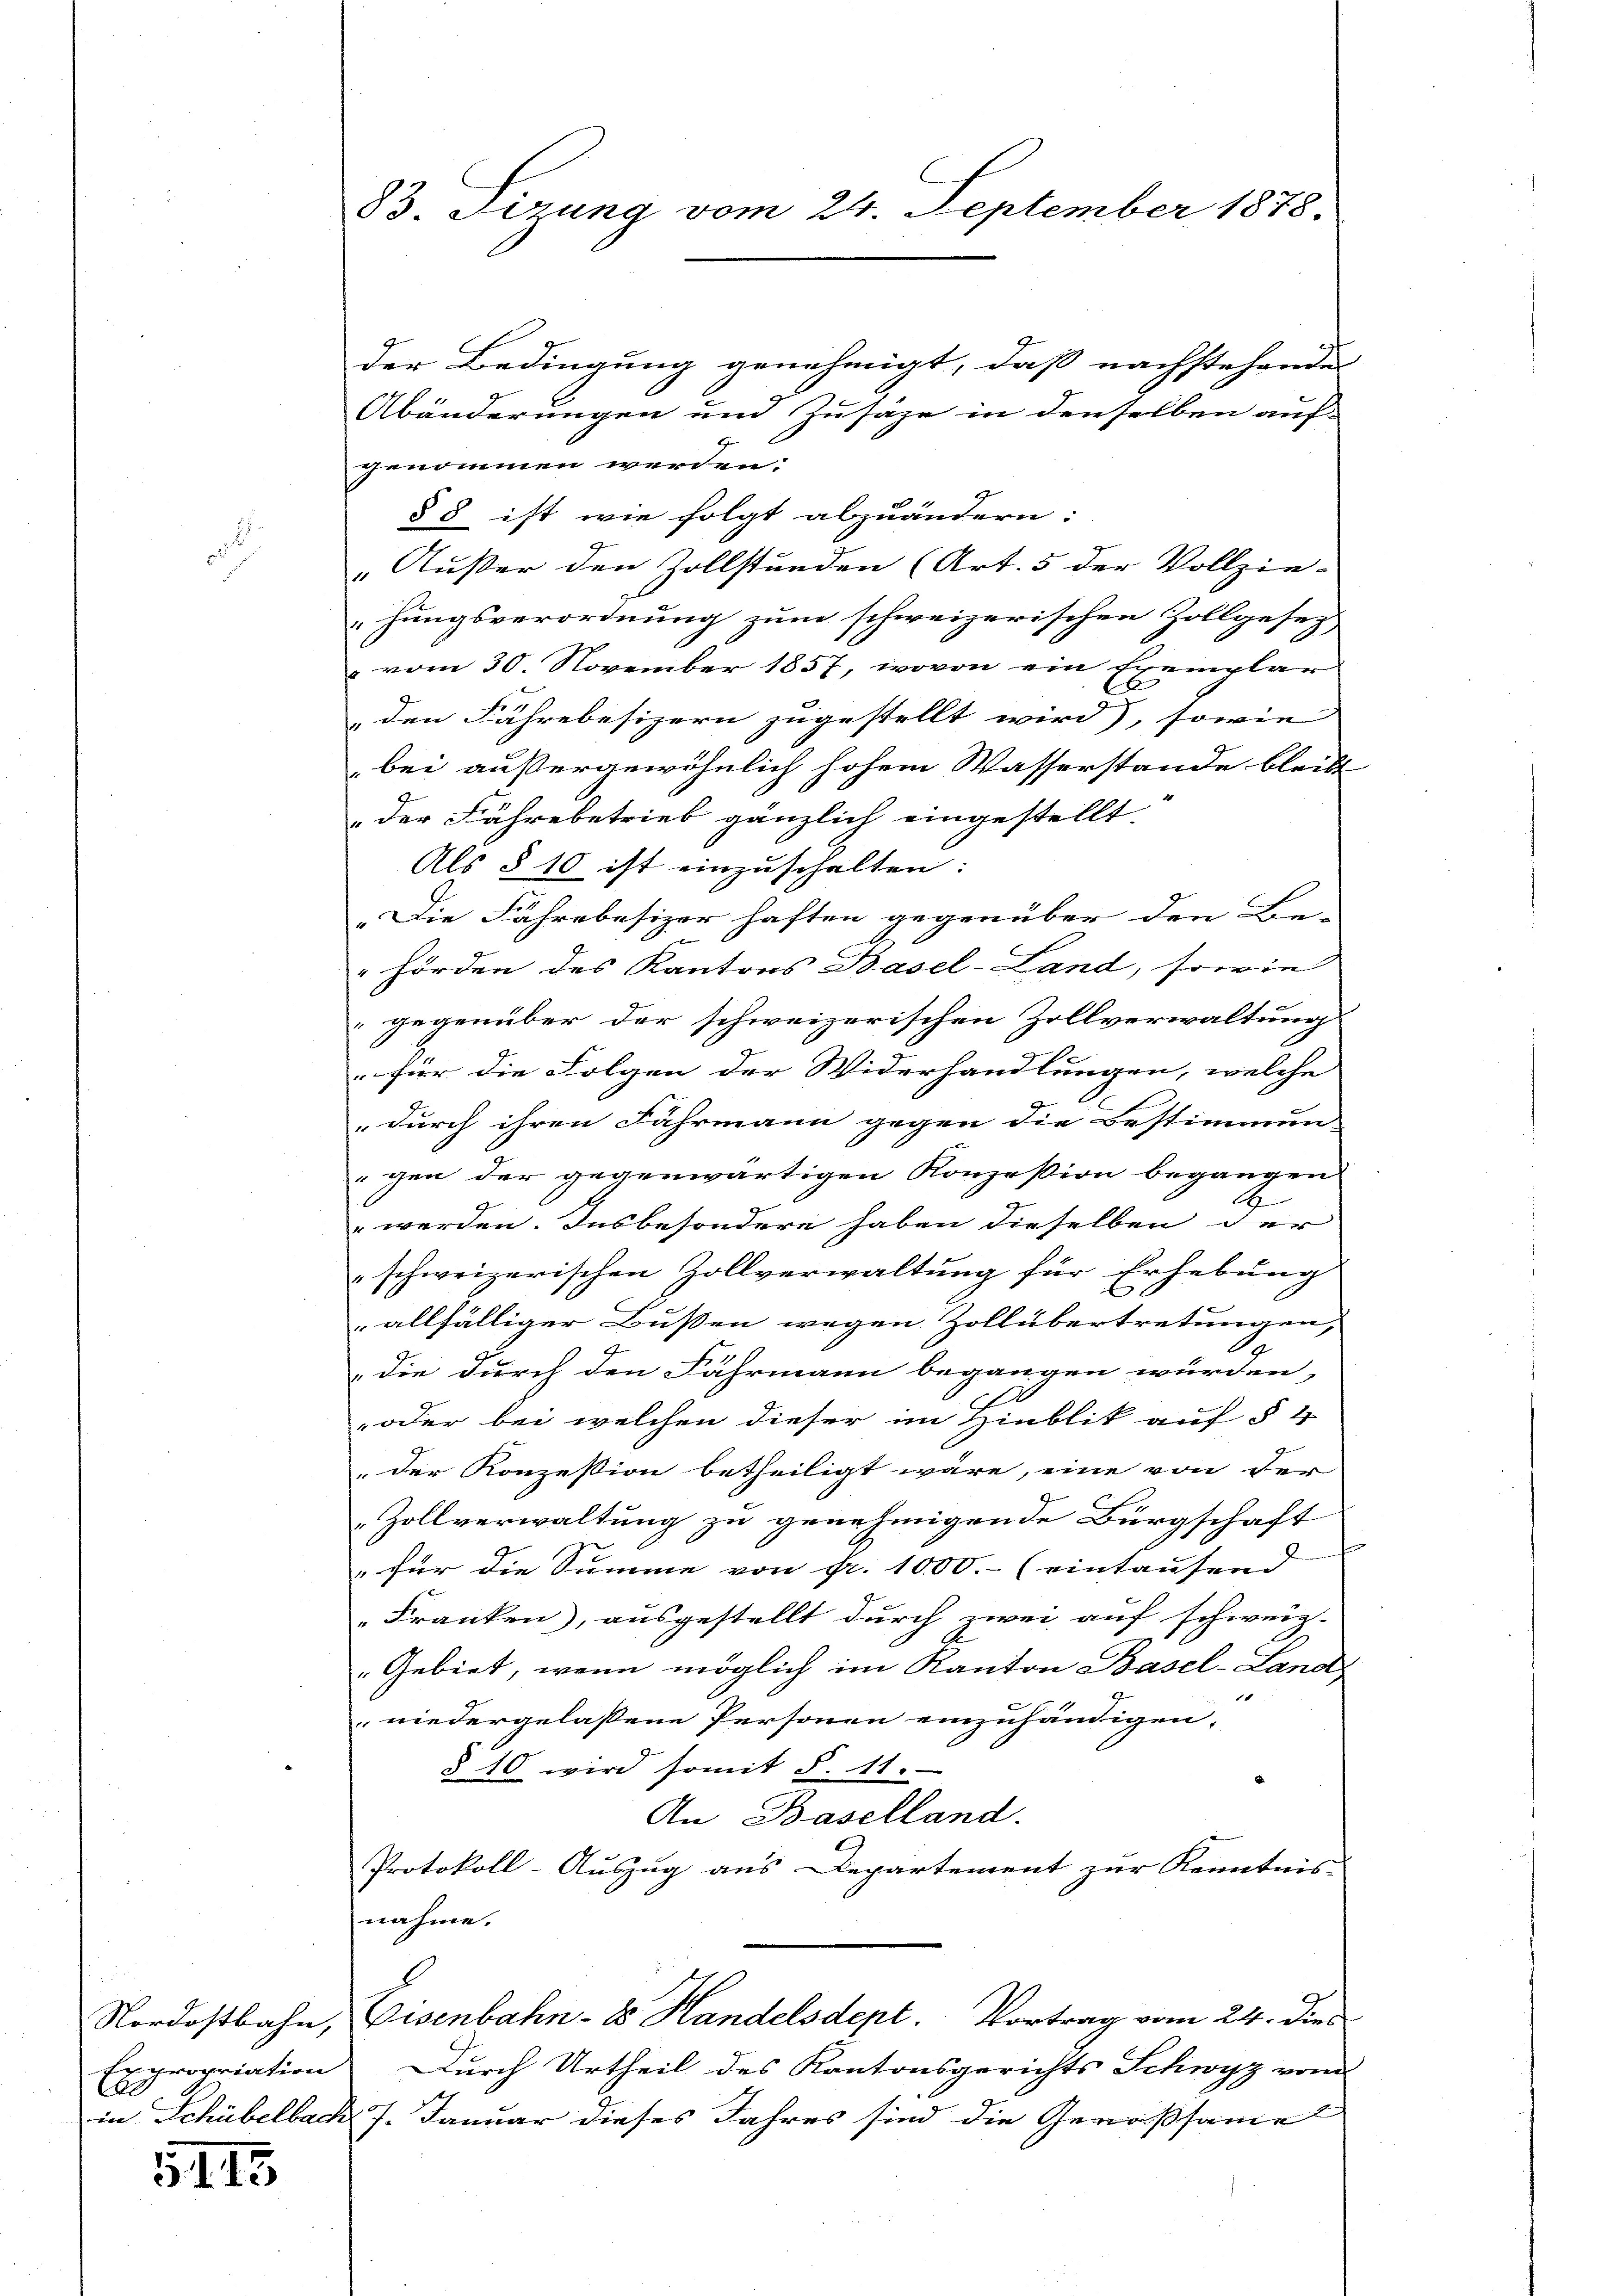
fe propriation
10

5145

83. Sizung vom 24. September 1878.

der Bedingung genehmigt, daß nachstehende
Abänderungen und Zusage in denselben auf-
genommen werden.
§ 8 ist wie folgt abzuändern:
„Außer den Zollständen (Art. 5 der Vollzie-
hungsverordnung zum schweizerischen Zollgesetz,
 vom 30. November 1857, wovon ein Exemplar
den Fährebesizern zugestellt wird), sowie |
bei außergewöhnlich hohem Wasserstande bleibt
der Fährebetrieb gänzlich eingestellt.
Als § 10 ist einzuschalten:
„Die Fahre besizer haften gegenüber den Be- |
"hörden des Kantons Basel-Land, sowie
gegenüber der schweizerischen Zollverwaltung
für die Folgen der Widerhandlungen, welche
„durch ihren Fährmann gegen die Bestimmun
gen der gegenwärtigen Konzession begangen
2
werden. Insbesondere haben dieselben der
schweizerischen Zollverwaltung für Erhebung
allfälliger Bussen wegen Zollübertretungen,
die durch den Fährmann begangen würden,
oder bei welchen dieser im Hinblik auf § 4
„der Konzession betheiligt wäre, eine von der
Zollverwaltung zu genehmigende Bürgschaft
" für die Summe von Fr. 1000.- (eintausend
Franken, ausgestellt durch zwei auf schweiz.
„Gebiet, wenn möglich im Kanton Basel-Land
1
niedergelassene Personen einzuhändigen,
§ 10 wird somit §. 11.
An Baselland.
Protokoll-Auszug aus Departement zur Kenntnis-
nahme.
Nordostbahn, Eisenbahn- 8. Handelsdept. Vortrag vom 24. dies
Durch Urtheil des Kantonsgerichts Schwyz vom
in Schübelbach 7. Januar dieses Jahres sind die Genossame